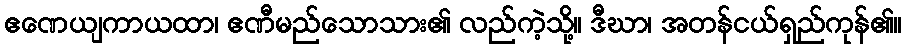
ဧဏေယျကာယထာ၊ ဧဏီမည်သောသား၏ လည်ကဲ့သို့။ ဒီဃာ၊ အတန်ငယ်ရှည်ကုန်၏။